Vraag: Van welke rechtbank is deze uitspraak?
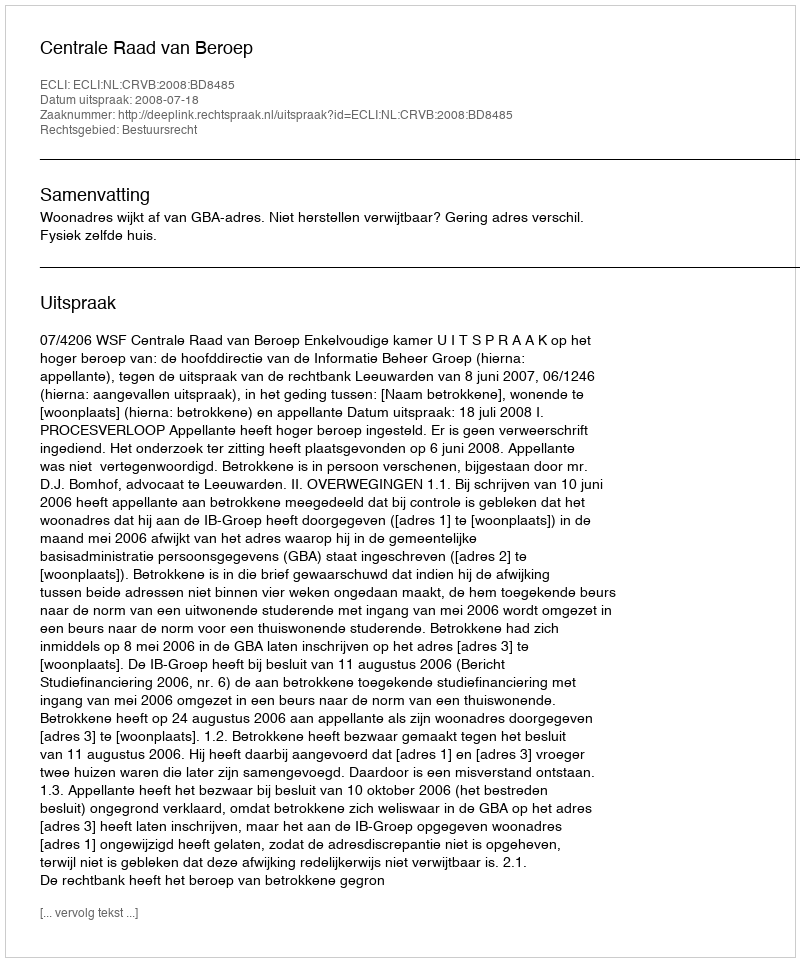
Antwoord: Centrale Raad van Beroep